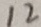
1 2